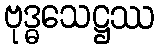
ဗုဒ္ဓသေဋ္ဌဿ